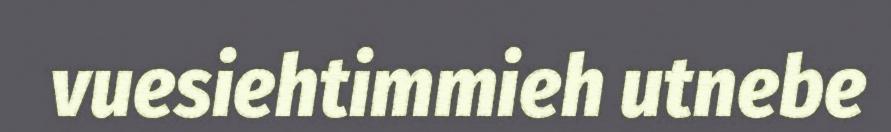
vuesiehtimmieh utnebe